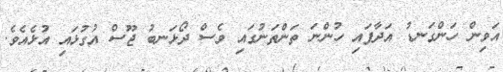
އަވިން ހަންގަނޑު އަދާފައި ހުންނަ ތަންތަނުގައި ވެސް ދޯޅަނބު ޖޫސް އުގުޅައި އުޅެއެވެ.